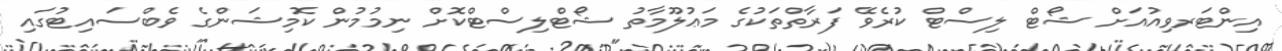
އިންޓަރވިއުއަށް ޝޯޓް ލިސްޓް ކުރެވޭ ފަރާތްތަކުގެ މަޢުލޫމާތު ޝޯޓްލިސްޓްކޮށް ނިމުމުން ކޮމިޝަންގެ ވެބްސައިޓުގައި